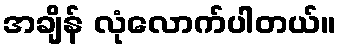
အချိန် လုံလောက်ပါတယ်။